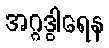
အဂ္ဂဒွါရေန